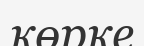
көрке